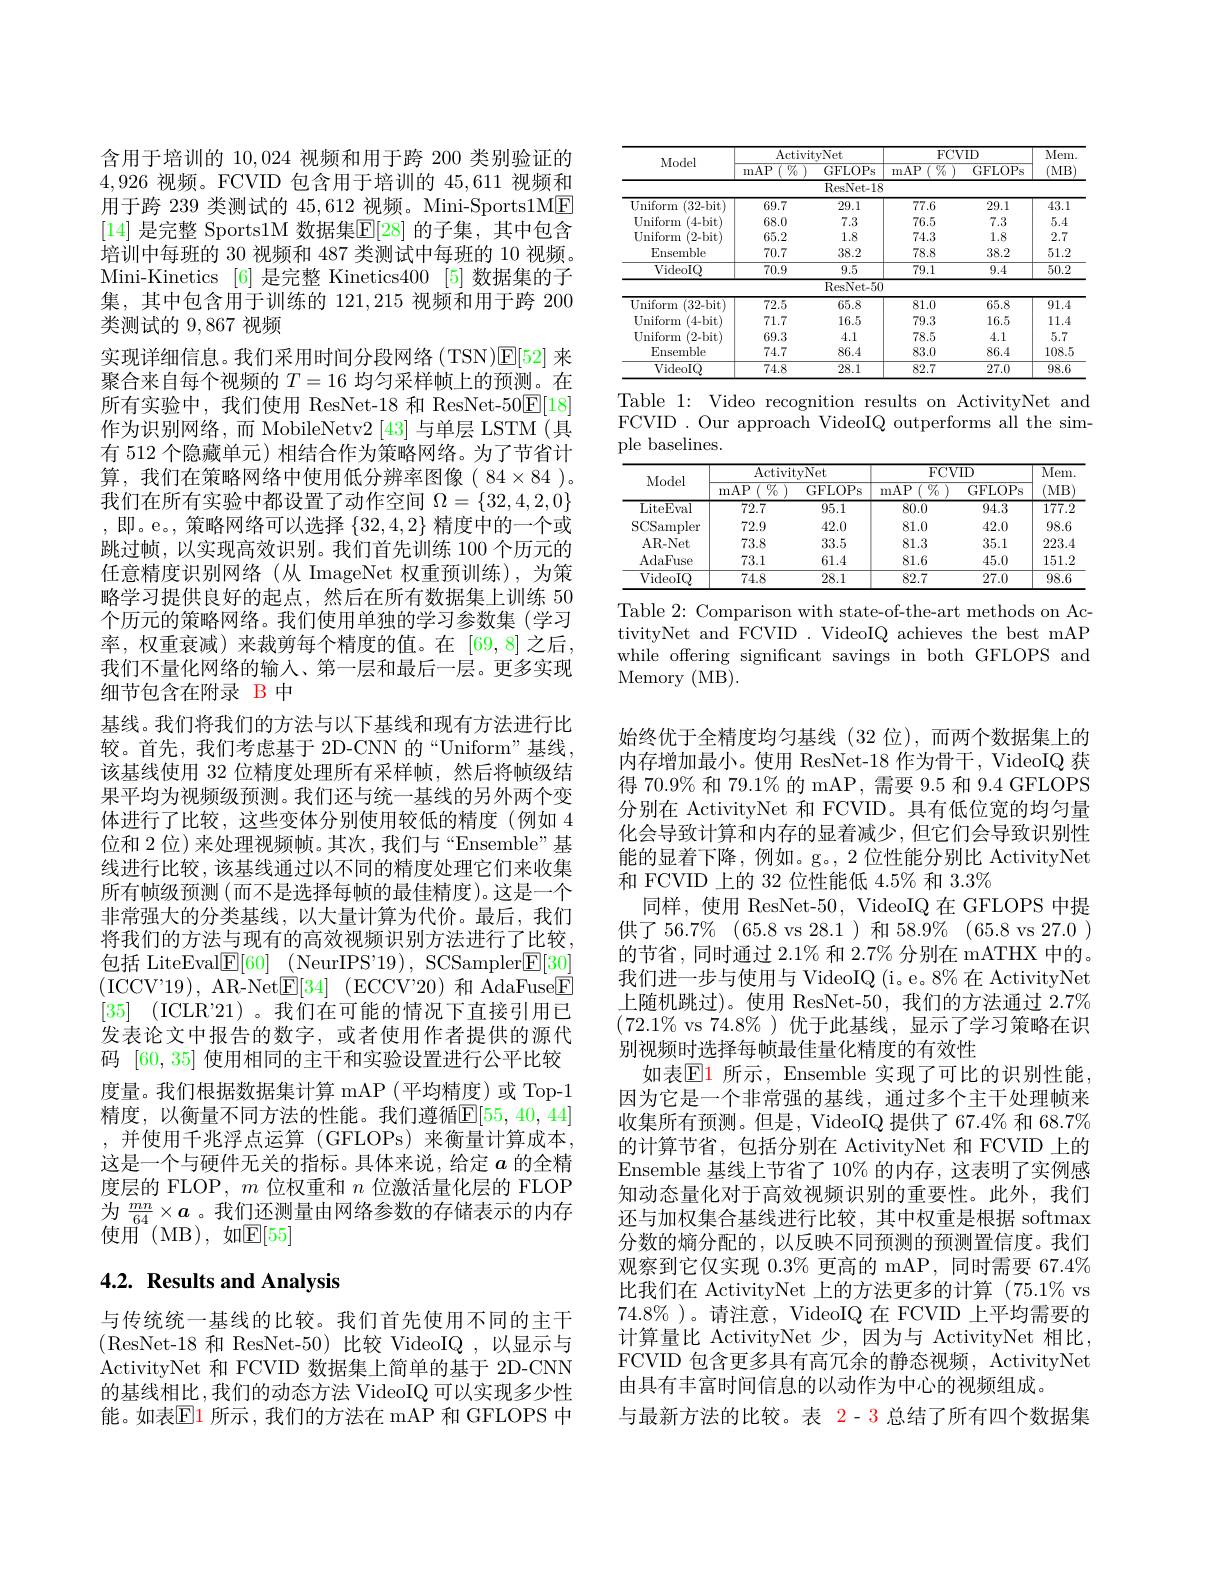
含用于培训的10，024视频和用于跨 200 类别验证的4,926视频。FCVID 包含用于培训的 45,611 视频和用于跨 239 类测试的 45,612 视频。Mini-Sports1ME [14] 是完整 SportslM 数据集$\mathbb{E}[28]$ 的子集，其中包含培训中每班的 30 视频和 487 类测试中每班的 10 视频。Mini-Kinetics [6] 是完整 Kinetics400 [5]数据集的子集，其中包含用于训练的 121,215 视频和用于跨 200类测试的 9,867 视频
实现详细信息。我们采用时间分段网络(TSN)E[ 52] 来聚合来自每个视频的$T=16$均匀采样帧上的预测。在所有实验中，我们使用 ResNet-18 和 ResNet-50$\boxed{\mathrm{E}}[18]$ 作为识别网络，而 MobileNetv2 [43] 与单层 LSTM (具有 512 个隐藏单元) 相结合作为策略网络。为了节省计算，我们在策略网络中使用低分辨率图像(84$\times84)$。我们在所有实验中都设置了动作空间$\Omega=\{32,4,2,0\}$ ,即。e。,策略网络可以选择$\{32,4,2\}$精度中的一个或跳过帧，以实现高效识别。我们首先训练 100 个历元的任意精度识别网络(从 ImageNet 权重预训练),为策略学习提供良好的起点，然后在所有数据集上训练 50个历元的策略网络。我们使用单独的学习参数集(学习率，权重衰减)来裁剪每个精度的值。在 [69,8]之后， 我们不量化网络的输入、第一层和最后一层。更多实现细节包含在附录 B 中
基线。我们将我们的方法与以下基线和现有方法进行比较。首先，我们考虑基于 2D-CNN 的“Uniform”基线， 该基线使用 32 位精度处理所有采样帧，然后将帧级结果平均为视频级预测。我们还与统一基线的另外两个变体进行了比较，这些变体分别使用较低的精度(例如 4位和 2 位) 来处理视频帧。其次，我们与“Ensemble”基线进行比较，该基线通过以不同的精度处理它们来收集所有帧级预测(而不是选择每帧的最佳精度)。这是一个非常强大的分类基线，以大量计算为代价。最后，我们将我们的方法与现有的高效视频识别方法进行了比较， 包括 LiteEval$\underline {\mathrm{F} }[ 60]$ (NeurIPS'19), SCSampler$\underline{\mathrm{E}}[30]$ (ICCV'19),AR-Net$\underline {\mathbb{E} }[ 34]$ (ECCV'20)和 AdaFuse$\underline{\mathbb{E}}$ [35] (ICLR"21)。我们在可能的情况下直接引用已发表论文中报告的数字，或者使用作者提供的源代码[60,35]使用相同的主干和实验设置进行公平比较度量。我们根据数据集计算 mAP(平均精度)或 Top-1精度，以衡量不同方法的性能。我们遵循$\mathbb{E}[55,40,44]$ ,并使用千兆浮点运算(GFLOPs)来衡量计算成本， 这是一个与硬件无关的指标。具体来说，给定$a$的全精度层的 FLOP, $m$位权重和$n$位激活量化层的 FLOP 为$\frac{mn}{64}\times\boldsymbol{a}$。我们还测量由网络参数的存储表示的内存使用 (MB),如$\mathbb{E}[55]$

# 4.2. Results and Analysis

与传统统一基线的比较。我们首先使用不同的主干(ResNet-18 和 ResNet-50)比较 VideoIQ ,以显示与ActivityNet 和 FCVID 数据集上简单的基于 2D-CNN 的基线相比，我们的动态方法 VideoIQ 可以实现多少性能。如表$\boxed{\mathrm{E}}1$ 所示 ,我们的方法在 mAP 和 GFLOPS 中

<table>
	<tbody>
		<tr>
			<th rowspan="2">Model</th>
			<th colspan="2">ActivitvNet</th>
			<th colspan="2">FCVID</th>
			<th rowspan="2">Mem (MB</th>
		</tr>
		<tr>
			<th>mAP $\%$</th>
			<th>GFLOPs</th>
			<th>mAP $\overline{\%}$</th>
			<th>GFLOPs</th>
		</tr>
		<tr>
			<td> </td>
			<td> </td>
			<td>ResNet- 18</td>
			<td> </td>
			<td> </td>
			<td> </td>
		</tr>
		<tr>
			<td>Uniform (32-bit)</td>
			<td>69.7</td>
			<td>29.1</td>
			<td>77.6</td>
			<td>29.1</td>
			<td>43.1</td>
		</tr>
		<tr>
			<td>${\mathbf{U}}$niform (4-bit)</td>
			<td>68.0</td>
			<td>7.3</td>
			<td>76.5</td>
			<td>7.3</td>
			<td>5.4</td>
		</tr>
		<tr>
			<td>${\mathbf{U}}$niform (2-bit)</td>
			<td>65.2</td>
			<td>1.8</td>
			<td>74.3</td>
			<td>1.8</td>
			<td>2.7</td>
		</tr>
		<tr>
			<td>Ensemble</td>
			<td>70.7</td>
			<td>38.2</td>
			<td>78.8</td>
			<td>38.2</td>
			<td>51.2</td>
		</tr>
		<tr>
			<td>$\operatorname{VideoIO}$</td>
			<td>70.9</td>
			<td>9.5</td>
			<td>79.1</td>
			<td>9.4</td>
			<td>$\overline{50.2}$</td>
		</tr>
		<tr>
			<td> </td>
			<td> </td>
			<td>ResNet- 50</td>
			<td> </td>
			<td> </td>
			<td> </td>
		</tr>
		<tr>
			<td>${\mathrm{Uniform}}$ (32-bit)</td>
			<td>72.5</td>
			<td>65.8</td>
			<td>81.0</td>
			<td>65.8</td>
			<td>91.4</td>
		</tr>
		<tr>
			<td>${\mathbf{U}}$niform (4-bit)</td>
			<td>71.7</td>
			<td>16.5</td>
			<td>79.3</td>
			<td>16.5</td>
			<td>11.4</td>
		</tr>
		<tr>
			<td>${\mathbf{U}}$niform (2-bit)</td>
			<td>69.3</td>
			<td>4.1</td>
			<td>78.5</td>
			<td>4.1</td>
			<td>5.7</td>
		</tr>
		<tr>
			<td>Ensemble</td>
			<td>74.7</td>
			<td>86.4</td>
			<td>83.0</td>
			<td>86.4</td>
			<td>108.5</td>
		</tr>
		<tr>
			<td>VideoIO</td>
			<td>74.8</td>
			<td>28.1</td>
			<td>82.7</td>
			<td>27.0</td>
			<td>98.6</td>
		</tr>
	</tbody>
</table>

Table 1: Video recognition results on ActivityNet and FCVID . Our approach VideoIQ outperforms all the simple baselines.

<table>
	<tbody>
		<tr>
			<th rowspan="2">Model</th>
			<th colspan="2">ActivitvNet</th>
			<th colspan="2">FCVID</th>
			<th rowspan="2">$\overline{\mathrm{Mem}}$ $MB$</th>
		</tr>
		<tr>
			<th>$\%$ mAP</th>
			<th>GFLOPs</th>
			<th>$\overline{\%}$ mAP</th>
			<th>GFLOPs</th>
		</tr>
		<tr>
			<td>LiteEval</td>
			<td>$\overline{72.7}$</td>
			<td>$\overline{95.1}$</td>
			<td>$\overline{80.0}$</td>
			<td>$\overline{94.3}$</td>
			<td>$\overline{177.2}$</td>
		</tr>
		<tr>
			<td>$SCS$ Sampler</td>
			<td>72.9</td>
			<td>42.0</td>
			<td>81.0</td>
			<td>42.0</td>
			<td>98.6</td>
		</tr>
		<tr>
			<td>AR- Net</td>
			<td>73.8</td>
			<td>33.5</td>
			<td>81.3</td>
			<td>35.1</td>
			<td>223.4</td>
		</tr>
		<tr>
			<td>$\operatorname{AdaFuse}$</td>
			<td>73.1</td>
			<td>61.4</td>
			<td>81.6</td>
			<td>45.0</td>
			<td>151.2</td>
		</tr>
		<tr>
			<td>VideoIQ</td>
			<td>74.8</td>
			<td>28.1</td>
			<td>82.7</td>
			<td>27.0</td>
			<td>98.6</td>
		</tr>
	</tbody>
</table>
Table 2: Comparison with state-of-the-art methods on Ac-

tivityNet and FCVID . VideoIQ achieves the best mAP while offering significant savings in both GFLOPS and Memory (MB)

始终优于全精度均匀基线(32 位),而两个数据集上的内存增加最小。使用 ResNet-18 作为骨干，VideoIQ 获得 70.9% 和 79.1% 的 mAP , 需要 9.5 和 9.4 GFLOPS 分别在 ActivityNet 和 FCVID。具有低位宽的均匀量化会导致计算和内存的显着减少，但它们会导致识别性能的显着下降，例如。g。,2 位性能分别比 ActivityNet 和 FCVID 上的 32 位性能低 4.5% 和 3.3%
同样，使用 ResNet-50, VideoIQ 在 GFLOPS 中提供了56.7%(65.8 vs 28. 1 $) 和 58. 9\% ( 65. 8$ vs 27. 0 ) 的节省，同时通过 2.1% 和 2.7% 分别在 mATHX 中的。我们进一步与使用与 VideoIQ (i。e。8% 在 ActivityNet 上随机跳过)。使用 ResNet-50,我们的方法通过 2.7% $(72.1\%$ vs 74.8%)优于此基线，显示了学习策略在识别视频时选择每帧最佳量化精度的有效性
如表$\mathbb{E}$1 所示，Ensemble 实现了可比的识别性能因为它是一个非常强的基线，通过多个主干处理帧来收集所有预测。但是，VideoIQ 提供了 67.4% 和 68.7% 的计算节省，包括分别在 ActivityNet 和 FCVID 上的Ensemble 基线上节省了 10% 的内存，这表明了实例感知动态量化对于高效视频识别的重要性。此外，我们还与加权集合基线进行比较，其中权重是根据 softmax 分数的熵分配的，以反映不同预测的预测置信度。我们观察到它仅实现 0.3% 更高的 mAP, 同时需要 67.4% 比我们在 ActivityNet 上的方法更多的计算 (75.1% vs $74.8\%$ )。请注意，VideoIQ 在 FCVID 上平均需要的计算量比 ActivityNet 少，因为与 ActivityNet 相比， FCVID 包含更多具有高冗余的静态视频，ActivityNet 由具有丰富时间信息的以动作为中心的视频组成。
与最新方法的比较。表 2- 3 总结了所有四个数据集